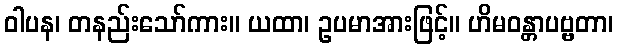
ဝါပန၊ တနည်းသော်ကား။ ယထာ၊ ဥပမာအားဖြင့်။ ဟိမဝန္တာပဗ္ဗတာ၊